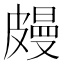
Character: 㿸